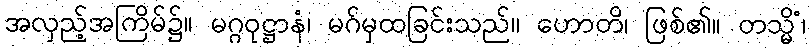
အလှည့်အကြိမ်၌။ မဂ္ဂဝုဋ္ဌာနံ၊ မဂ်မှထခြင်းသည်။ ဟောတိ၊ ဖြစ်၏။ တသ္မိံ၊